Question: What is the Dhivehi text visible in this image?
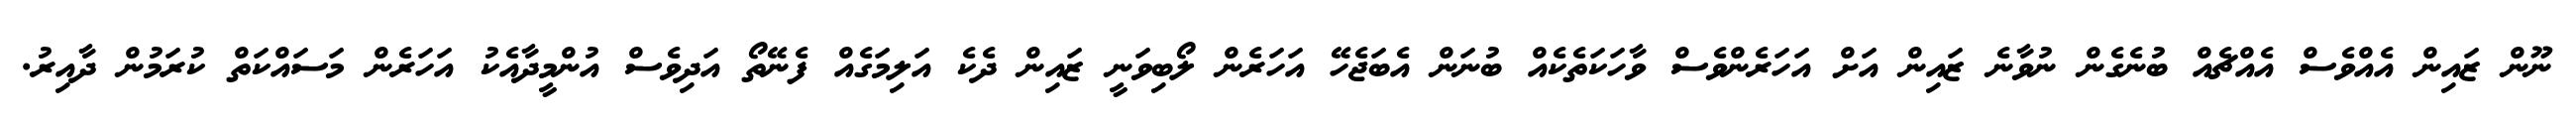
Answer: ނޫން ޒައިން އެއްވެސް އެއްޗެއް ބުނެގެން ނުވާނެ ޒައިން އަށް އަހަރެންވެސް ވާހަކަތެކެއް ބުނަން އެބަޖެހޭ އަހަރެން ލޯބިވަނީ ޒައިން ދެކެ އަލިމަގެއް ފެނޭތޯ އަދިވެސް އުންމީދާއެކު އަހަރެން މަސައްކަތް ކުރަމުން ދާއިރު.